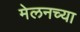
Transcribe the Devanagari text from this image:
मेलनच्या